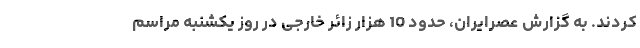
کردند. به گزارش عصرایران، حدود 10 هزار زائر خارجی در روز یکشنبه مراسم